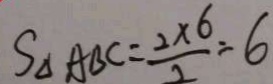
S _ { \Delta } A B C = \frac { 2 \times 6 } { 2 } = 6